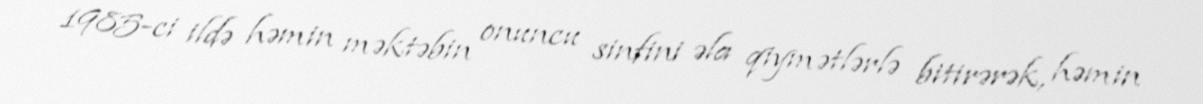
1985-ci ildə həmin məktəbin onuncu sinfini əla qiymətlərlə bitirərək, həmin